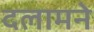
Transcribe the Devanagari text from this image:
दलामने